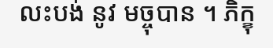
លះបង់ នូវ មច្ចុបាន ។ ភិក្ខុ